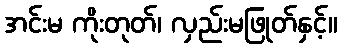
အင်းမ ကိုးတုတ်၊ လှည်းမဖြုတ်နှင့်။